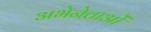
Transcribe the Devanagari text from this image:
अभेनेताओं